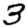
Digit: 3